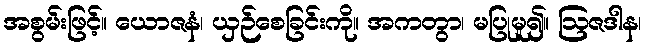
အစွမ်းဖြင့်။ ယောဇနံ၊ ယှဉ်စေခြင်းကို။ အကတွာ၊ မပြုမူ၍။ ဩဇဒါန၊